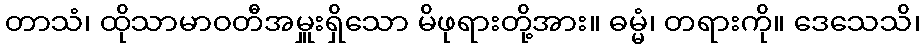
တာသံ၊ ထိုသာမာဝတီအမှူးရှိသော မိဖုရားတို့အား။ ဓမ္မံ၊ တရားကို။ ဒေသေသိ၊